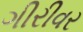
ગીરીવર